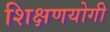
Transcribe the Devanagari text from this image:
शिक्षणयोगी